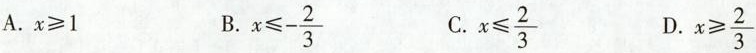
A.$$x≥1$$ B. $$x \leq - \frac{2}{3}$$ C. $$x \leq \frac{2}{3}$$ D. $$x \geq \frac{2}{3}$$